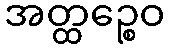
အတ္ထဉ္စေဝ